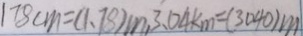
1 7 8 c m = ( 1 . 7 8 ) m , 3 , 0 4 k m = ( 3 0 4 0 ) m